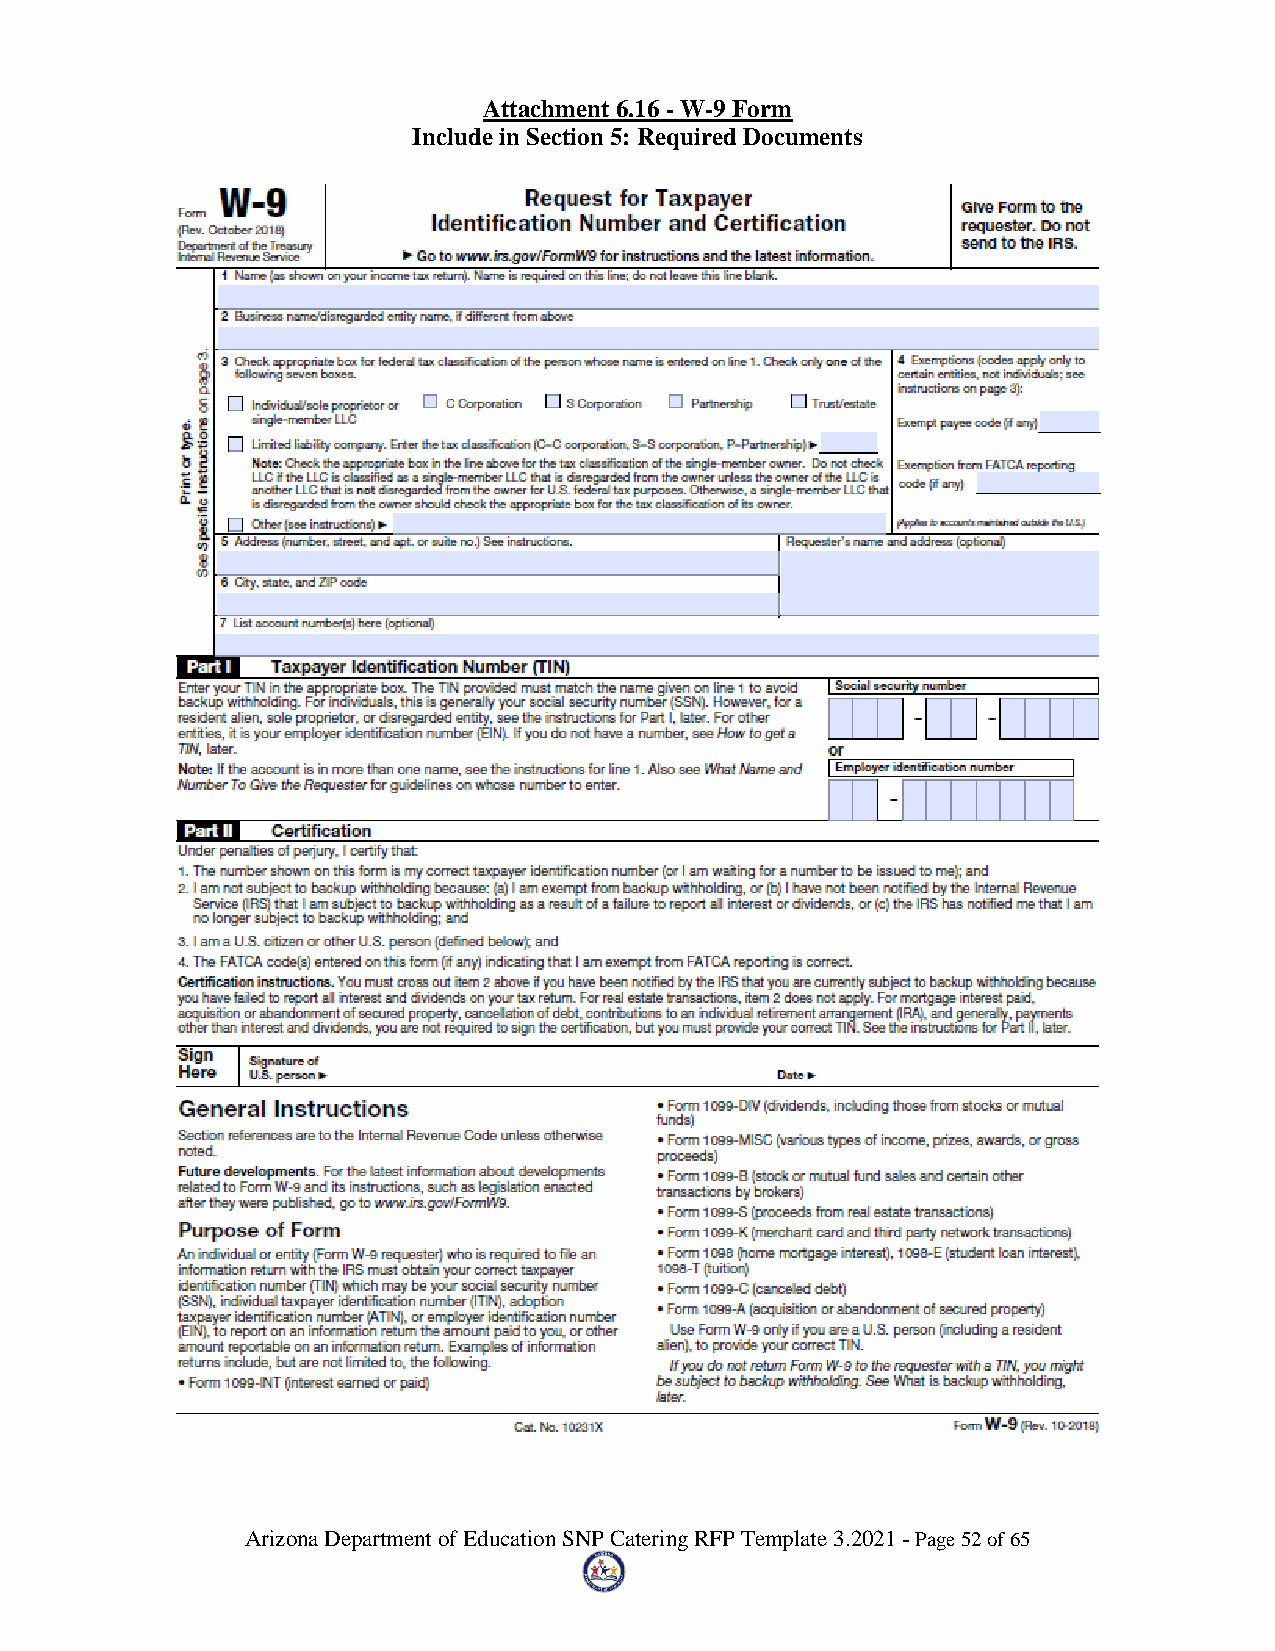
Attachment 6.16 - W-9 Form
 Include in Section 5: Required Documents
 Arizona Department of Education SNP Catering RFP Template 3.2021 - Page 52 of 65